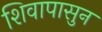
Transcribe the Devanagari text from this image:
शिवापासुन